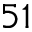
5 1